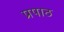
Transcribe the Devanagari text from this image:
प्रपाठ